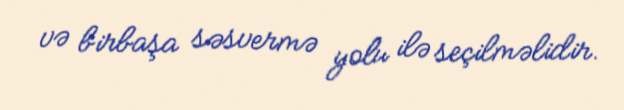
və birbaşa səsvermə yolu ilə seçilməlidir.